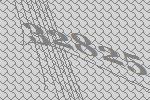
32825